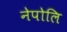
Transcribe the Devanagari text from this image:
नेपोलि